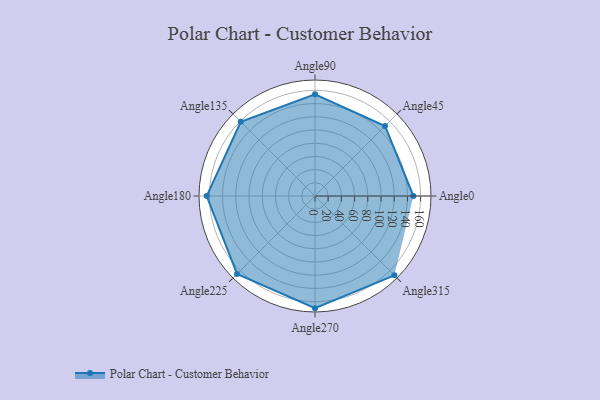
{"axis": {"x": "Angle", "y": "Radius"}, "legend": [""], "data": [{"x": "Angle0", "y": 149.0, "type": ""}, {"x": "Angle45", "y": 150.0, "type": ""}, {"x": "Angle90", "y": 154.0, "type": ""}, {"x": "Angle135", "y": 159.0, "type": ""}, {"x": "Angle180", "y": 164.0, "type": ""}, {"x": "Angle225", "y": 167.0, "type": ""}, {"x": "Angle270", "y": 170, "type": ""}, {"x": "Angle315", "y": 170, "type": ""}]}